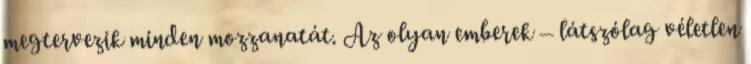
megterve­zik minden mozzanatát. Az olyan emberek – látszólag véletlen